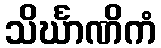
သိင်္ဃာဏိကံ